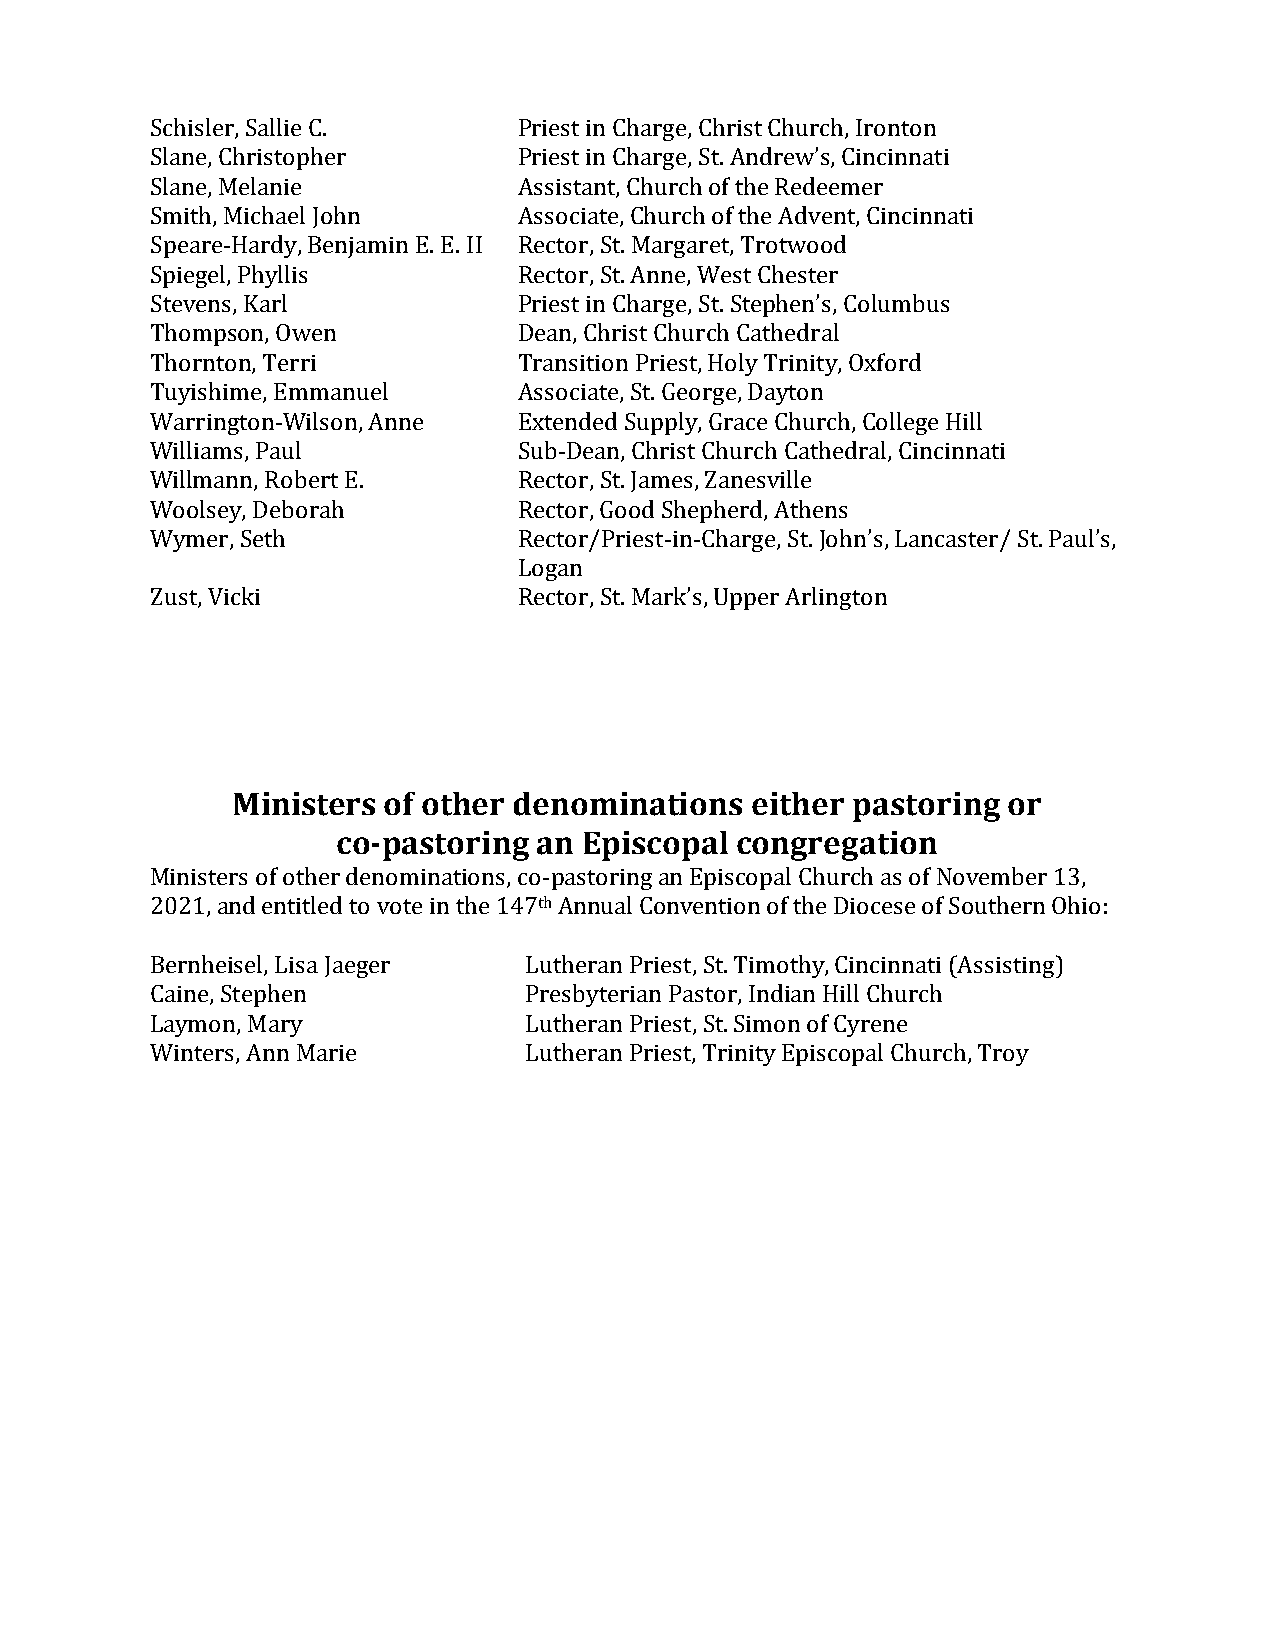
Schisler, Sallie C.     Priest in Charge, Christ Church, Ironton
 Slane, Christopher      Priest in Charge, St. Andrew’s, Cincinnati
 Slane, Melanie          Assistant, Church of the Redeemer
 Smith, Michael John     Associate, Church of the Advent, Cincinnati
 Speare-Hardy, Benjamin E. E. II Rector, St. Margaret, Trotwood
 Spiegel, Phyllis        Rector, St. Anne, West Chester
 Stevens, Karl           Priest in Charge, St. Stephen’s, Columbus
 Thompson, Owen          Dean, Christ Church Cathedral
 Thornton, Terri         Transition Priest, Holy Trinity, Oxford
 Tuyishime, Emmanuel     Associate, St. George, Dayton
 Warrington-Wilson, Anne Extended Supply, Grace Church, College Hill
 Williams, Paul          Sub-Dean, Christ Church Cathedral, Cincinnati
 Willmann, Robert E.     Rector, St. James, Zanesville
 Woolsey, Deborah        Rector, Good Shepherd, Athens
 Wymer, Seth             Rector/Priest-in-Charge, St. John’s, Lancaster/ St. Paul’s,
 Logan
 Zust, Vicki             Rector, St. Mark’s, Upper Arlington
 Ministers of other denominations   either pastoring or
 co-pastoring  an Episcopal congregation
 Ministers of other denominations, co-pastoring an Episcopal Church as of November 13,
 2021, and entitled to vote in the 147th Annual Convention of the Diocese of Southern Ohio:
 Bernheisel, Lisa Jaeger  Lutheran Priest, St. Timothy, Cincinnati (Assisting)
 Caine, Stephen           Presbyterian Pastor, Indian Hill Church
 Laymon, Mary             Lutheran Priest, St. Simon of Cyrene
 Winters, Ann Marie       Lutheran Priest, Trinity Episcopal Church, Troy